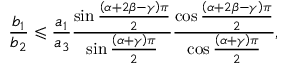
\frac { b _ { 1 } } { b _ { 2 } } \leqslant \frac { a _ { 1 } } { a _ { 3 } } \frac { \sin \frac { \left( \alpha + 2 \beta - \gamma \right) \pi } { 2 } } { \sin \frac { \left( \alpha + \gamma \right) \pi } { 2 } } \frac { \cos \frac { \left( \alpha + 2 \beta - \gamma \right) \pi } { 2 } } { \cos \frac { \left( \alpha + \gamma \right) \pi } { 2 } } ,